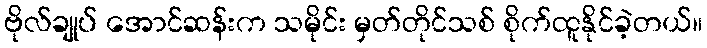
ဗိုလ်ချုပ် အောင်ဆန်းက သမိုင်း မှတ်တိုင်သစ် စိုက်ထူနိုင်ခဲ့တယ်။